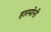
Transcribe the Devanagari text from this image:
हारमोनी